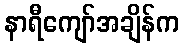
နာရီကျော်အချိန်က